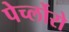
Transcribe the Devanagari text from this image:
पेर्च्लोरो